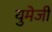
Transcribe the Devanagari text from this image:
युमेजी